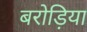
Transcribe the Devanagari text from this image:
बरोड़िया